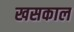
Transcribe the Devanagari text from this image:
खसकाल